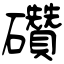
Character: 礸